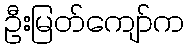
ဦးမြတ်ကျော်က